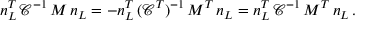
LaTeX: n _ { L } ^ { T } \, \mathcal { C } ^ { - 1 } \, M \, n _ { L } = - n _ { L } ^ { T } \, ( \mathcal { C } ^ { T } ) ^ { - 1 } \, M ^ { T } \, n _ { L } = n _ { L } ^ { T } \, \mathcal { C } ^ { - 1 } \, M ^ { T } \, n _ { L } \, .